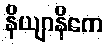
နိယျာနိကေ